Indian Medical Review
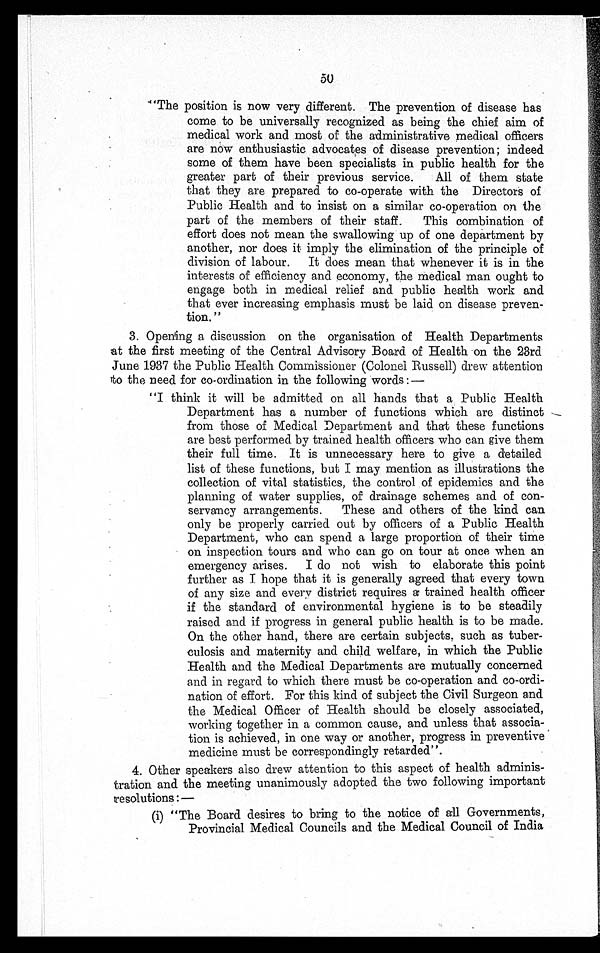
50
"The position is now very different. The prevention of disease has
come to be universally recognized as being the chief aim of
medical work and most of the administrative medical officers
are now enthusiastic advocates of disease prevention; indeed
some of them have been specialists in public health for the
greater part of their previous service. All of them state
that they are prepared to co-operate with the Directors of
Public Health and to insist on a similar co-operation on the
part of the members of their staff. This combination of
effort does not mean the swallowing up of one department by
another, nor does it imply the elimination of the principle of
division of labour. It does mean that whenever it is in the
interests of efficiency and economy, the medical man ought to
engage both in medical relief and public health work and
that ever increasing emphasis must be laid on disease preven-
tion."
3. Opening a discussion on the organisation of Health Departments
at the first meeting of the Central Advisory Board of Health on the 23rd
June 1937 the Public Health Commissioner (Colonel Russell) drew attention
to the need for co-ordination in the following words:—
"I think it will be admitted on all hands that a Public Health
Department has a number of functions which are distinct
from those of Medical Department and that these functions
are best performed by trained health officers who can give them
their full time. It is unnecessary here to give a detailed
list of these functions, but I may mention as illustrations the
collection of vital statistics, the control of epidemics and the
planning of water supplies, of drainage schemes and of con-
servancy arrangements. These and others of the kind can
only be properly carried out by officers of a Public Health
Department, who can spend a large proportion of their time
on inspection tours and who can go on tour at once when an
emergency arises. I do not wish to elaborate this point
further as I hope that it is generally agreed that every town
of any size and every district requires a trained health officer
if the standard of environmental hygiene is to be steadily
raised and if progress in general public health is to be made.
On the other hand, there are certain subjects, such as tuber-
culosis and maternity and child welfare, in which the Public
Health and the Medical Departments are mutually concerned
and in regard to which there must be co-operation and co-ordi-
nation of effort. For this kind of subject the Civil Surgeon and
the Medical Officer of Health should be closely associated,
working together in a common cause, and unless that associa-
tion is achieved, in one way or another, progress in preventive
medicine must be correspondingly retarded".
4. Other speakers also drew attention to this aspect of health adminis-
tration and the meeting unanimously adopted the two following important
resolutions:—
(i) "The Board desires to bring to the notice of all Governments,
Provincial Medical Councils and the Medical Council of India